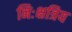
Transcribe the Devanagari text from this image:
निःक्षत्रिय